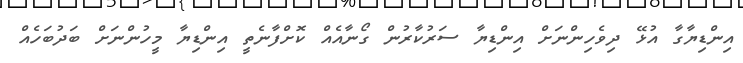
އިންޑިޔާގާ އުޅޭ ދިވެހިންނަށް އިންޑިޔާ ސަރުކާރުން ގޯނާއެއް ކޮށްފާނެތީ އިންޑިޔާ މީހުންނަށް ބަދުބަހެއް